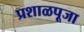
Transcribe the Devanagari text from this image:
प्रशाळपूजा